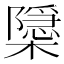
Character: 𭬚